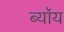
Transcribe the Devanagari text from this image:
ब्यॉय